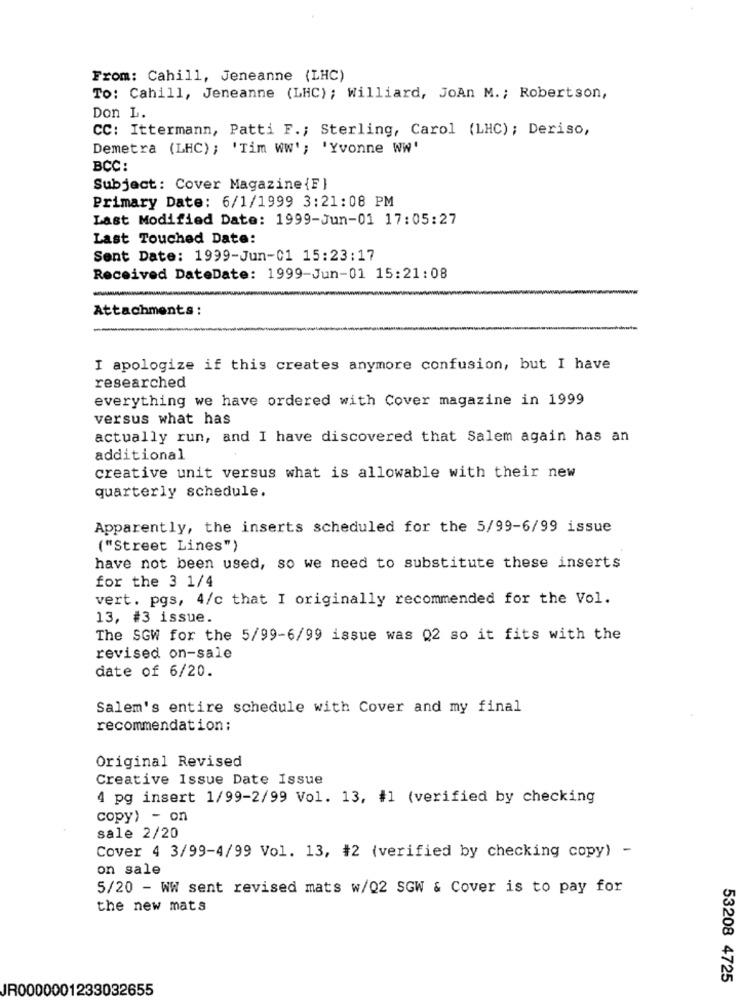
From: Cahill, Jeneanne (LHC)
To: Cahill, Jeneanne (LHC) ; Williard, JoAn M. ; Robertson,
Don L.
CC: Ittermann, Patti F .; Sterling, Carol (LHC); Deriso,
Demetra (LHC); 'Tim Ww'; 'Yvonne WW'
BCC:
Subject: Cover Magazine {F}
Primary Date: 6/1/1999 3:21:08 PM
Last Modified Date: 1999-Jun-01 17:05:27
Last Touched Date:
Sent Date: 1999-Jun-01 15:23:17
Received DateDate: 1999-Jun-01 15:21:08
Attachments :
I apologize if this creates anymore confusion, but I have
researched
everything we have ordered with Cover magazine in 1999
versus what has
actually run, and I have discovered that Salem again has an
additional
creative unit versus what is allowable with their new
quarterly schedule.
Apparently, the inserts scheduled for the 5/99-6/99 issue
("Street Lines")
have not been used, so we need to substitute these inserts
for the 3 1/4
vert. pgs, 4/c that I originally recommended for the Vol.
13, #3 issue.
The SGW for the 5/99-6/99 issue was Q2 so it fits with the
revised on-sale
date of 6/20.
Salem's entire schedule with Cover and my final
recommendation ;
Original Revised
Creative Issue Date Issue
4 pg insert 1/99-2/99 Vol. 13, #1 (verified by checking
copy) - on
sale 2/20
Cover 4 3/99-4/99 Vol. 13, #2 (verified by checking copy) -
on sale
5/20 - WW sent revised mats w/Q2 SGW & Cover is to pay for
the new mats
53208 4725
JR0000001233032655